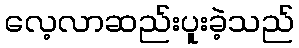
လေ့လာဆည်းပူးခဲ့သည်